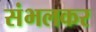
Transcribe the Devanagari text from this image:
संभलकर